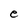
Character: e